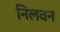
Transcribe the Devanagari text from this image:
निलवन